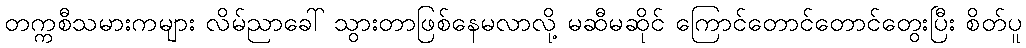
တက္ကစီသမားကများ လိမ်ညာခေါ် သွားတာဖြစ်နေမလာလို့ မဆီမဆိုင် ကြောင်တောင်တောင်တွေးပြီး စိတ်ပူ